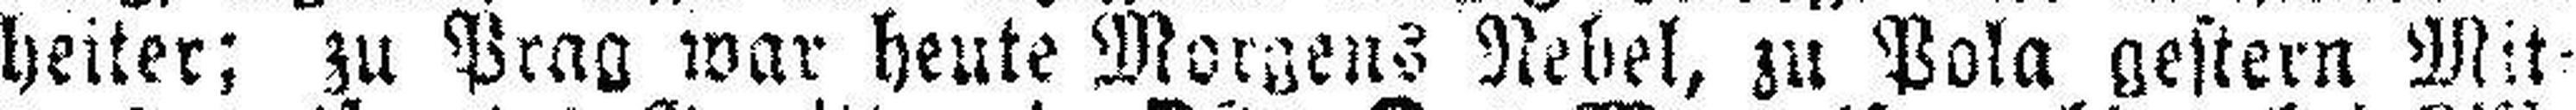
heiter; zu Prag war heute Morgens Nebel, zu Pola gestern Mit¬